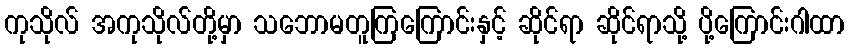
ကုသိုလ် အကုသိုလ်တို့မှာ သဘောမတူကြကြောင်းနှင့် ဆိုင်ရာ ဆိုင်ရာသို့ ပို့ကြောင်းဂါထာ